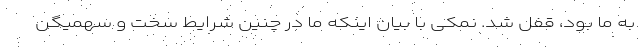
به ما بود، قفل شد. نمکی با بیان اینکه ما در چنین شرایط سخت و سهمیگن